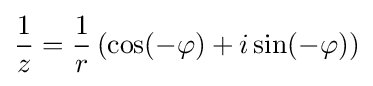
{\frac {1}{z}}={\frac {1}{r}}\left(\cos(-\varphi )+i\sin(-\varphi )\right)